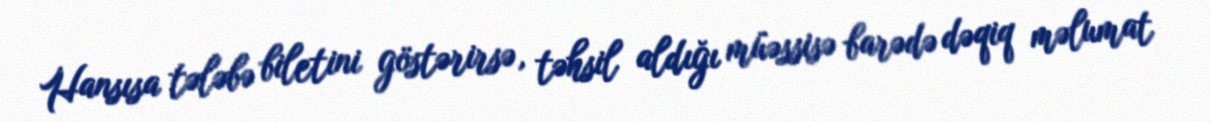
Hansısa tələbə biletini göstərirsə, təhsil aldığı müəssisə barədə dəqiq məlumat